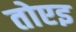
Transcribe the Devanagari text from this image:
तोएइ